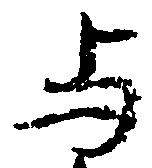
与